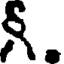
న్